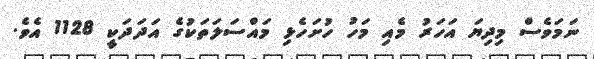
ނަމަވެސް މިދިޔަ އަހަރު މެއި މަހު ހުށަހެޅި މައްސަލަތަކުގެ އަދަދަކީ 1128 އެވެ.